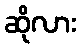
ဆိုလား